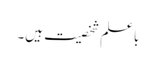
باعلم شخصیت ہیں۔